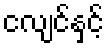
ငလျင်နှင့်